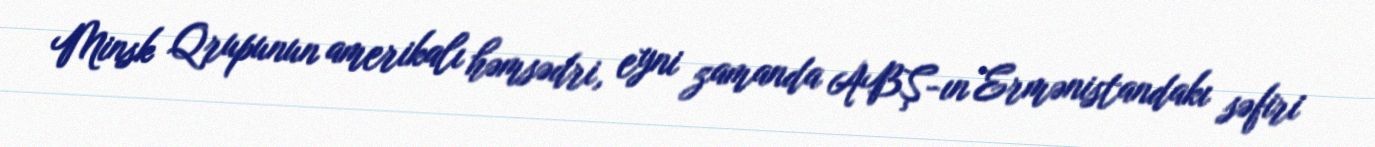
Minsk Qrupunun amerikalı həmsədri, eyni zamanda ABŞ-ın Ermənistandakı səfiri